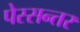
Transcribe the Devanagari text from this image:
पेस्सन्तर